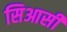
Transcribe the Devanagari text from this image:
सिआसी